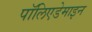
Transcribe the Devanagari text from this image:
पॉलिएडेमाइन